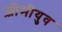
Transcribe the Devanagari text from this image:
ज़ीमीयुव